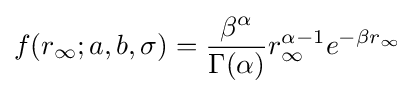
f(r_{\infty };a,b,\sigma )={\frac {\beta ^{\alpha }}{\Gamma (\alpha )}}r_{\infty }^{\alpha -1}e^{-\beta r_{\infty }}